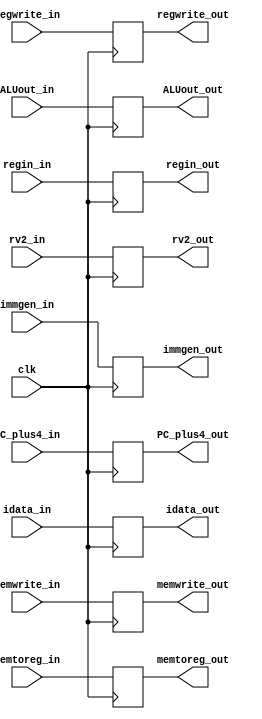
`timescale 1ns / 1ps
//////////////////////////////////////////////////////////////////////////////////
// Company: 
// Engineer: 
// 
// Design Name: 
// Module Name:    EX_MEM 
// Project Name: 
// Target Devices: 
// Tool versions: 
// Description: 
//
// Dependencies: 
//
// Revision: 
// Revision 0.01 - File Created
// Additional Comments: 
//
//////////////////////////////////////////////////////////////////////////////////
module EX_MEM(
	 input clk,
    input memtoreg_in,
    input regwrite_in,
    input [3:0] memwrite_in,
    //input [31:0] PC_branch_in,
    input [31:0] ALUout_in,
    input [31:0] rv2_in,
    output reg [31:0] rv2_out,
    output reg [31:0] ALUout_out,
    //output reg[31:0] PC_branch_out,
    output reg [3:0] memwrite_out,
    output reg regwrite_out,
    output reg memtoreg_out,
    input [31:0] immgen_in,
    output reg [31:0] immgen_out,
    input [1:0] regin_in,
    output reg [1:0] regin_out,
    input [31:0] PC_plus4_in,
    output reg [31:0] PC_plus4_out,
	 input [31:0] idata_in,
	 output reg [31:0] idata_out
    );
	 
	 initial begin
	regin_out = 0;
	memtoreg_out = 0;
	memwrite_out = 0;
	PC_plus4_out = 0;
	ALUout_out = 0;
	rv2_out = 0;
	immgen_out = 0;
	regwrite_out = 0;
	idata_out = 0;
	end

always @(posedge clk)begin
	regin_out <= regin_in;
	memtoreg_out <= memtoreg_in;
	memwrite_out <= memwrite_in;
	//PC_branch_out <= PC_branch_in;
	PC_plus4_out <= PC_plus4_in;
	ALUout_out <= ALUout_in;
	rv2_out <= rv2_in;
	immgen_out <= immgen_in;
	regwrite_out <= regwrite_in;
	idata_out <= idata_in;
	
	end
endmodule